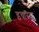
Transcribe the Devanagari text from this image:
इचारता